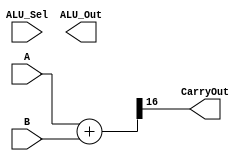
module alu(
           input [15:0] A,B,  // ALU 16-bit Inputs                 
           input [3:0] ALU_Sel,// ALU Selection
           output [15:0] ALU_Out, // ALU 16-bit Output
           output CarryOut // Carry Out Flag
    );
    reg [15:0] ALU_Result;
    wire [16:0] tmp;
    assign ALU_Out = ALU_Result; // ALU out
    assign tmp = {1'b0,A} + {1'b0,B};
    assign CarryOut = tmp[16]; // Carryout flag
    always @(*)
    begin
        case(ALU_Sel) // Write the logic for Arithmetic and Logic Unit
        
        
        
        
        
        
        
        
        
        
        
        
        
        
        
        endcase
    end
endmodule